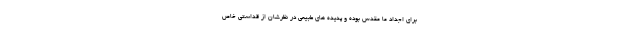
برای اجداد ما مقدس بوده و پدیده های طبیعی در نظرشان از قداستی خاص